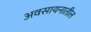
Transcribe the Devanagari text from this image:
अवसायनातील